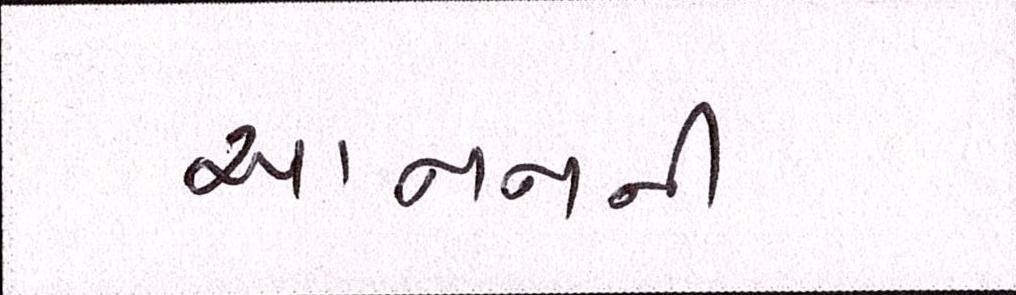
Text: આનનની